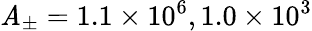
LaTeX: \mathit{A}_{\pm}=1.1\times10^{6},1.0\times10^{3}